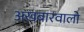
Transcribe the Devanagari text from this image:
अखबारवालो